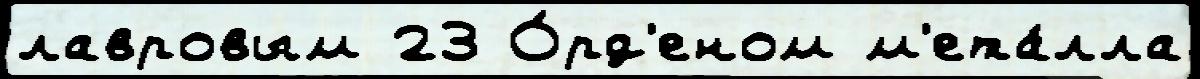
лавровым 23 О́рд'еном м'ета́лла